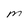
Character: M